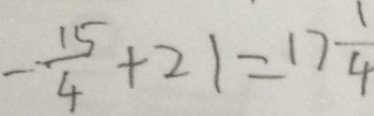
- \frac { 1 5 } { 4 } + 2 1 = 1 7 \frac { 1 } { 4 }